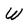
Character: W